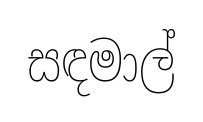
සඳමාල්